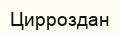
Цирроздан